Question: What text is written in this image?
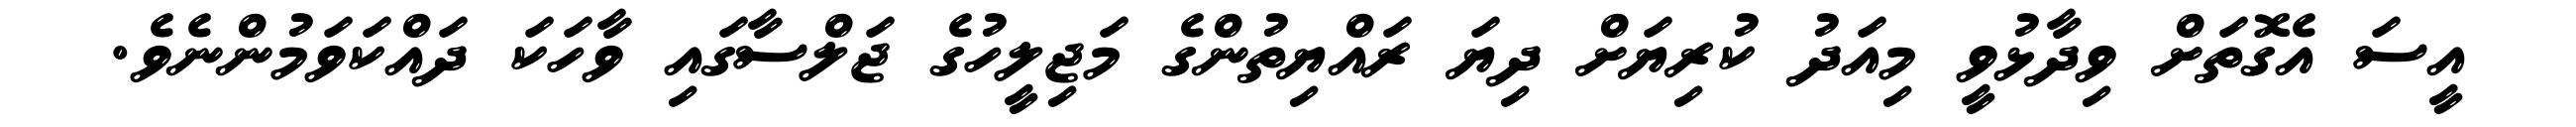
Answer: އީސަ އެގޮތަށް ވިދާޅުވީ މިއަދު ކުރިޔަށް ދިޔަ ރައްޔިތުންގެ މަޖިލީހުގެ ޖަލްސާގައި ވާހަކަ ދައްކަވަމުންނެވެ.